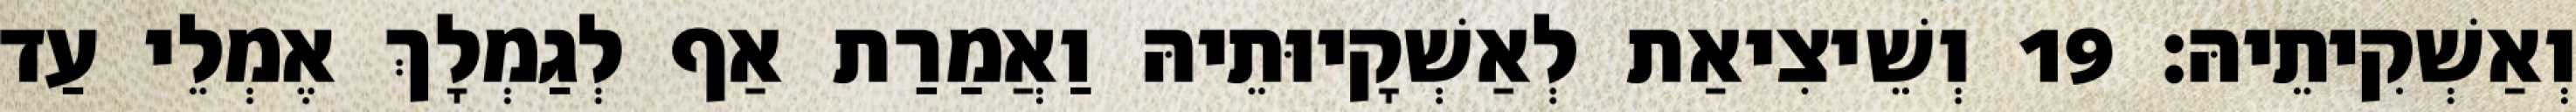
וְאַשְׁקִיתֵיהּ׃ 19 וְשֵׁיצִיאַת לְאַשְׁקָיוּתֵיהּ וַאֲמַרַת אַף לְגַמְלָךְ אֶמְלֵי עַד